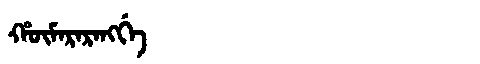
Manchu: ᡥᡡᠮᠠᡵᠠᡵᠠᠩᡤᡝ
Romanization: HŪMARARANGGE